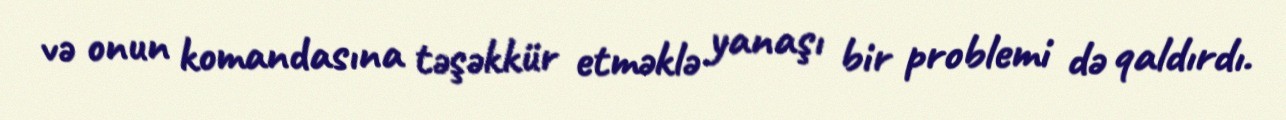
və onun komandasına təşəkkür etməklə yanaşı bir problemi də qaldırdı.